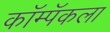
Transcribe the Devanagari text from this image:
कॉम्पॅकला